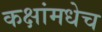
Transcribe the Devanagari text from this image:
कक्षांमधेच